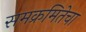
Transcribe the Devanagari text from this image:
समक्रमितेचा